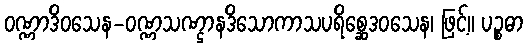
ဝဏ္ဏာဒိဝသေန-ဝဏ္ဏသဏ္ဌာနဒိသောကာသပရိစ္ဆေဒဝသေန၊ ဖြင့်။ ပဉ္စဓာ